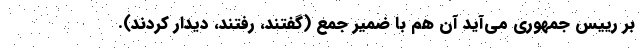
بر رییس جمهوری می‌آید آن هم با ضمیر جمع (گفتند، رفتند، دیدار کردند).